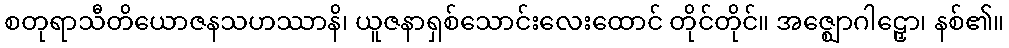
စတုရာသီတိယောဇနသဟဿာနိ၊ ယူဇနာရှစ်သောင်းလေးထောင် တိုင်တိုင်။ အဇ္ဈောဂါဠှော၊ နစ်၏။